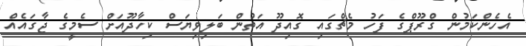
އެހެންކަމުން ގްރޫޕްގެ ފަހު މެޗްގައި ގޮއިދޫ އަތުން ބަލިވިޔަސް ކިހާދޫއަށް ސެމީގެ ޖާގައެއް